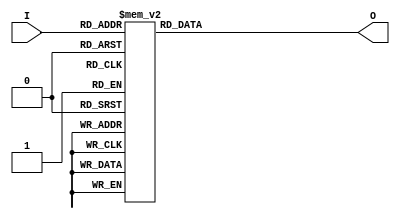
module relative_encoder #(parameter N = 4) (
    input wire [N-1:0] I,  // Input signals
    output reg [$clog2(N)-1:0] O  // Output encoded signal
);

    always @* begin
        case (I)
            4'b0001: O = 2'b00;  // I0 active
            4'b0010: O = 2'b01;  // I1 active
            4'b0100: O = 2'b10;  // I2 active
            4'b1000: O = 2'b11;  // I3 active
            4'b0011: O = 2'b01;  // I1 and I0 active (output corresponds to highest index)
            4'b0101: O = 2'b10;  // I2 and I0 active (output corresponds to highest index)
            4'b1001: O = 2'b11;  // I3 and I0 active (output corresponds to highest index)
            4'b1010: O = 2'b11;  // I3 and I1 active (output corresponds to highest index)
            4'b1100: O = 2'b11;  // I3 and I2 active (output corresponds to highest index)
            4'b1110: O = 2'b11;  // I3, I2 and I1 active (output corresponds to highest index)
            4'b1111: O = 2'b11;  // All active, output corresponds to highest index
            default: O = 2'b00;   // Default output if no active input (could also be a specific error state)
        endcase
    end

endmodule